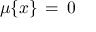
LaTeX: \mu \{ x \} \, = \, 0